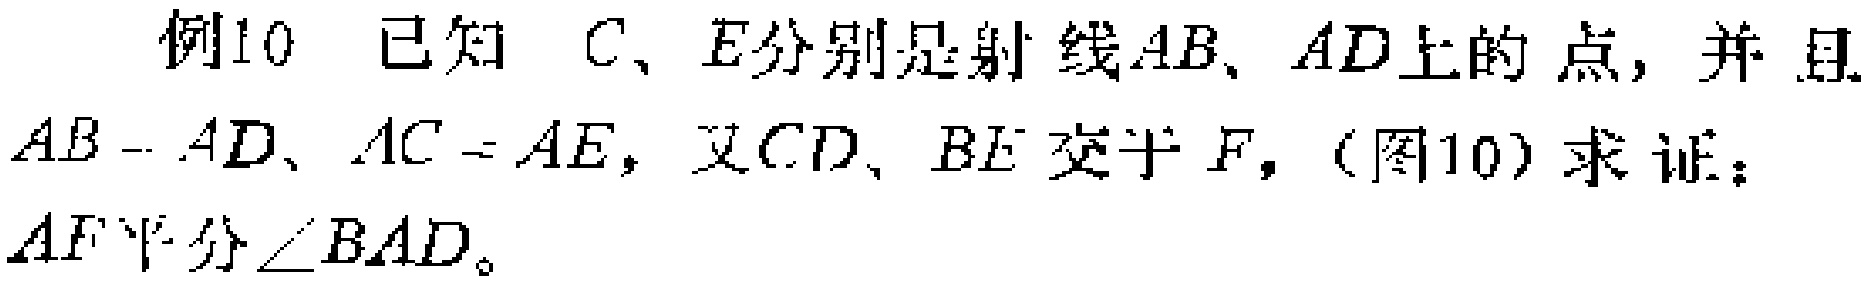
例10 已知 \(C\)、\(E\)分别是射线\(AB\)、\(AD\)上的点，并且 \(AB = AD\)、\(AC = AE\)，又\(CD\)、\(BE\)交于 \(F\)，（图10）求证： \(AF\)平分\(\angle BAD\)。